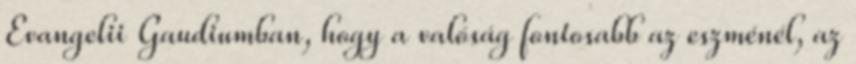
Evangelii Gaudiumban, hogy a valóság fontosabb az eszménél, az